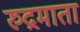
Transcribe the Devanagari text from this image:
रुद्रमाता